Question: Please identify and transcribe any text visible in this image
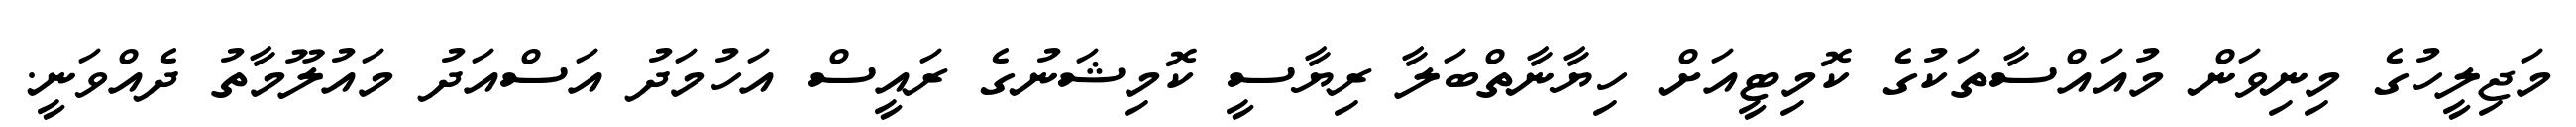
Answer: މަޖިލީހުގެ މިނިވަން މުއައްސާތަކުގެ ކޮމިޓީއަށް ހިޔާނާތްބަލާ ރިޔާސީ ކޮމިޝަނުގެ ރައީސް އަހުމަދު އަސްއަދު މައުލޫމާތު ދެއްވަނީ.